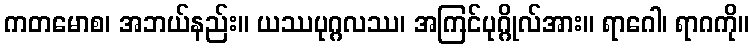
ကတမောစ၊ အဘယ်နည်း။ ယဿပုဂ္ဂလဿ၊ အကြင်ပုဂ္ဂိုလ်အား။ ရာဂေါ၊ ရာဂကို။